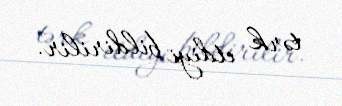
tərk etdiyi bildirilir.